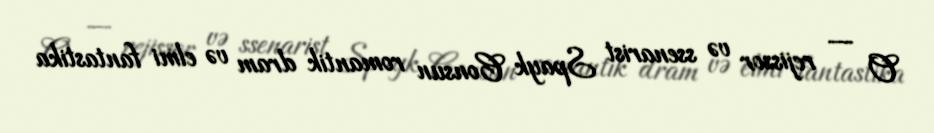
O — rejissor və ssenarist Spayk Consun romantik dram və elmi fantastika